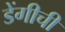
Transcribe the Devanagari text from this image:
डेंगीची